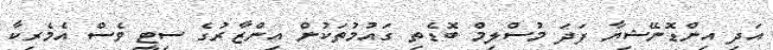
އަދި އިންޑޮނޭޝިޔާ ފަދަ މުސްލިމް ބޮޑެތި ގައުމުތަކުން އިންޒާރުގެ ސިޓީ ވެސް އެމެރިކާ